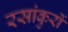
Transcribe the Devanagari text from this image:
रसांकुरों